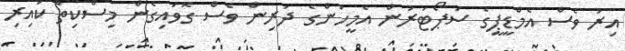
އިރު ވެސް އެމްޑީޕީގެ ސަޕޯޓަރުން އެމީހުންގެ ދަރިން ވެސް ގޮވައިގެން މިސްކިތް ކައިރި